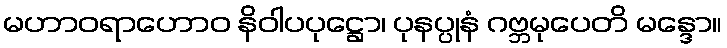
မဟာဝရာဟောဝ နိဝါပပုဋ္ဌော၊ ပုနပ္ပုနံ ဂဗ္ဘမုပေတိ မန္ဒော။